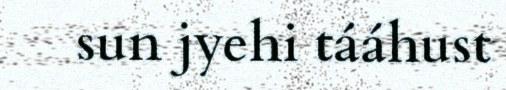
sun jyehi tááhust